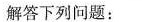
解答下列问题：